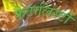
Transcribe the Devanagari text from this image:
कैटालिस्टों